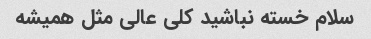
سلام خسته نباشید کلی عالی مثل همیشه